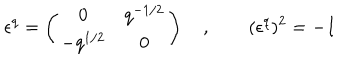
\epsilon ^ { q } = \left( \begin{array} { c c } { { 0 } } & { { q ^ { - 1 / 2 } } } \\ { { - q ^ { 1 / 2 } } } & { { 0 } } \\ \end{array} \right) \quad , \qquad ( \epsilon ^ { q } ) ^ { 2 } = - I